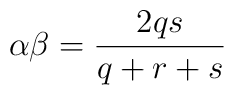
\alpha \beta=\frac{2qs}{q+r+s}